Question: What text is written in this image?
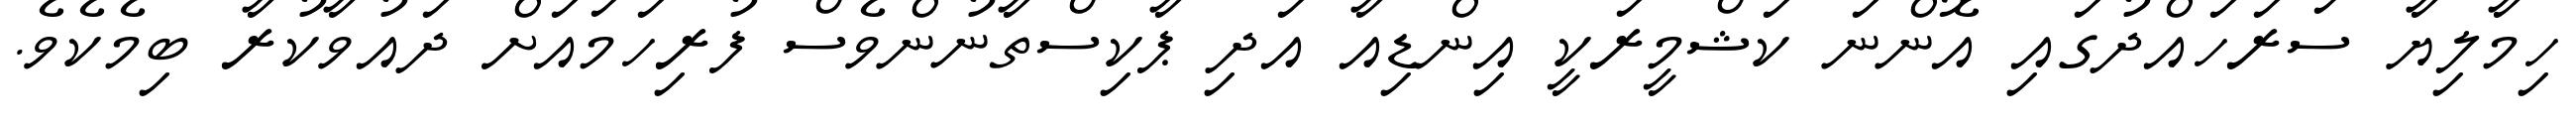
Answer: ހިމާލިޔާ ސަރަހައްދުގައި އޮންނަ ކަޝްމީރަކީ އިންޑިއާ އަދި ޕާކިސްތާނުންވެސް ފުރިހަމައަށް ދައުވާކުރާ ބިމެކެވެ.